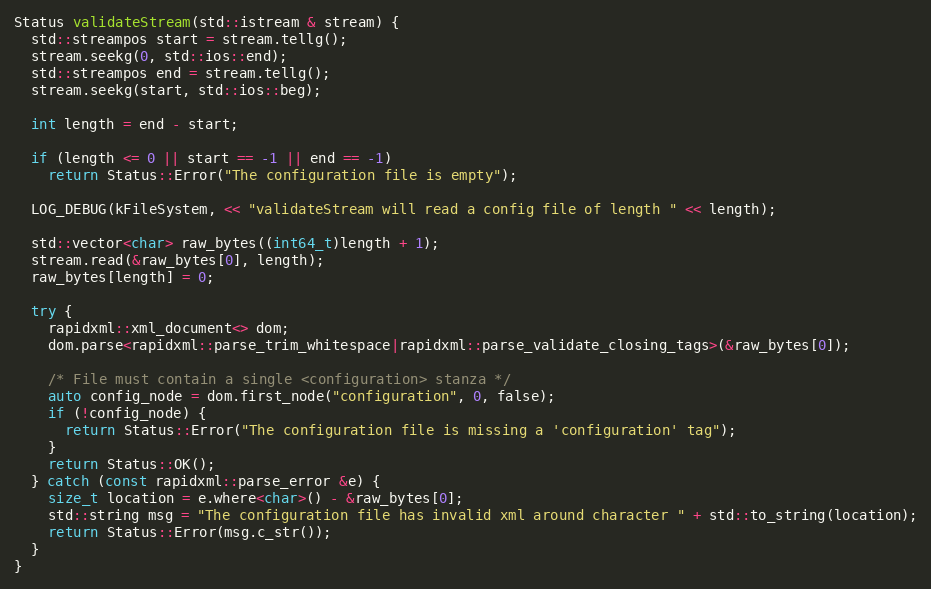
Language: C++
Status validateStream(std::istream & stream) {
  std::streampos start = stream.tellg();
  stream.seekg(0, std::ios::end);
  std::streampos end = stream.tellg();
  stream.seekg(start, std::ios::beg);

  int length = end - start;

  if (length <= 0 || start == -1 || end == -1)
    return Status::Error("The configuration file is empty");

  LOG_DEBUG(kFileSystem, << "validateStream will read a config file of length " << length);

  std::vector<char> raw_bytes((int64_t)length + 1);
  stream.read(&raw_bytes[0], length);
  raw_bytes[length] = 0;

  try {
    rapidxml::xml_document<> dom;
    dom.parse<rapidxml::parse_trim_whitespace|rapidxml::parse_validate_closing_tags>(&raw_bytes[0]);

    /* File must contain a single <configuration> stanza */
    auto config_node = dom.first_node("configuration", 0, false);
    if (!config_node) {
      return Status::Error("The configuration file is missing a 'configuration' tag");
    }
    return Status::OK();
  } catch (const rapidxml::parse_error &e) {
    size_t location = e.where<char>() - &raw_bytes[0];
    std::string msg = "The configuration file has invalid xml around character " + std::to_string(location);
    return Status::Error(msg.c_str());
  }
}